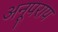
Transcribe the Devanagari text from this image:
अनूपराय